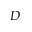
D